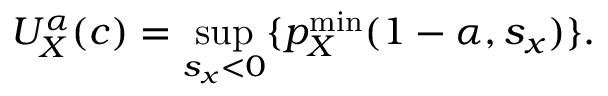
U _ { X } ^ { \alpha } ( c ) = \operatorname* { s u p } _ { s _ { x } < 0 } \{ p _ { X } ^ { \mathrm { m i n } } ( 1 - \alpha , s _ { x } ) \} .